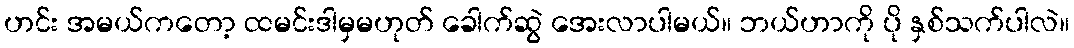
ဟင်း အမယ်ကတော့ ထမင်းဒါမှမဟုတ် ခေါက်ဆွဲ အေးလာပါမယ်။ ဘယ်ဟာကို ပို နှစ်သက်ပါလဲ။